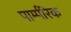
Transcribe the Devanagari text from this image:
पार्म्परिक